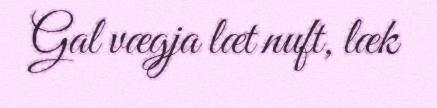
Gal vægja læt nuft, læk